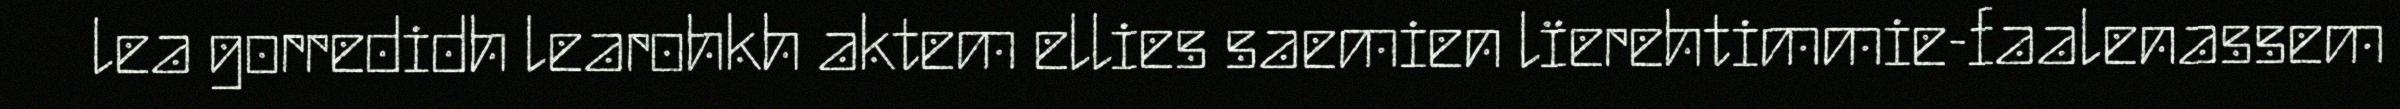
lea gorredidh learohkh aktem ellies saemien lïerehtimmie-faalenassem